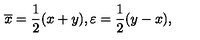
\overline { { x } } = \frac 1 2 ( x + y ) , \varepsilon = \frac 1 2 ( y - x ) ,